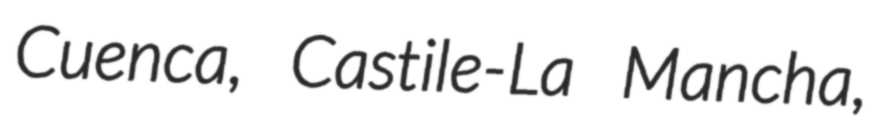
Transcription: Cuenca, Castile-La Mancha,